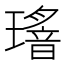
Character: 𤪅